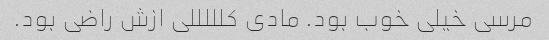
مرسی خیلی خوب بود. مادی کلللللی ازش راضی بود.